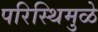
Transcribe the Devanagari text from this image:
परिस्थिमुळे